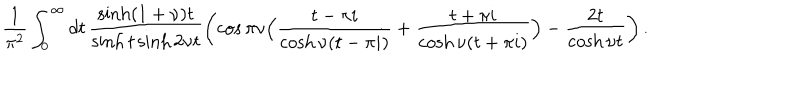
\frac { 1 } { \pi ^ { 2 } } \int _ { 0 } ^ { \infty } d t \, \frac { \sinh ( 1 + \nu ) t } { \sinh t \sinh 2 \nu t } \left( \cos \pi \nu \Bigl ( \frac { t - \pi i } { \cosh \nu ( t - \pi i ) } + \frac { t + \pi i } { \cosh \nu ( t + \pi i ) } \Bigr ) - \frac { 2 t } { \cosh \nu t } \right) .